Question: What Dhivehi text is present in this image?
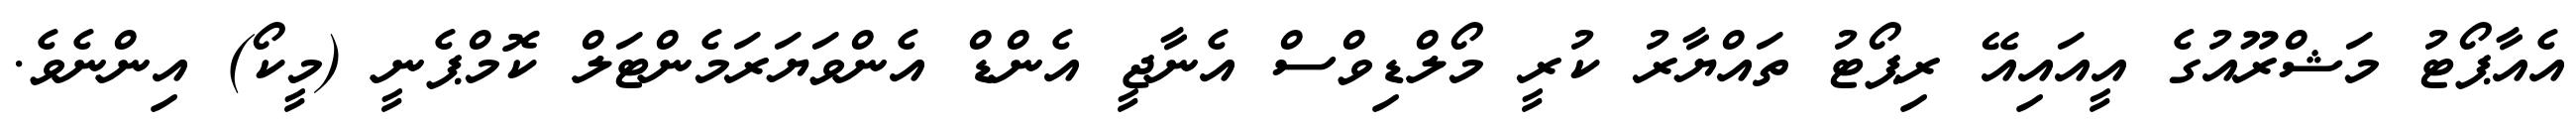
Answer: އެއާޕޯޓު މަޝްރޫއުގެ އީއައިއޭ ރިޕޯޓު ތައްޔާރު ކުރީ މޯލްޑިވްސް އެނާޖީ އެންޑް އެންވަޔަރަމެންޓަލް ކޮމްޕެނީ (މީކޯ) އިންނެވެ.